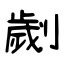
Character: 劌